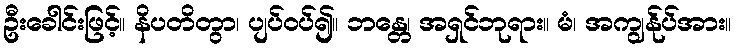
ဦးခေါင်းဖြင့်။ နိပတိတွာ၊ ပျပ်ဝပ်၍။ ဘန္တေ၊ အရှင်ဘုရား။ မံ၊ အကျွန်ုပ်အား။